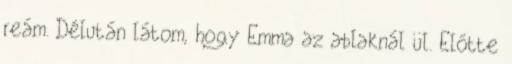
reám. Délután látom, hogy Emma az ablaknál ül. Előtte